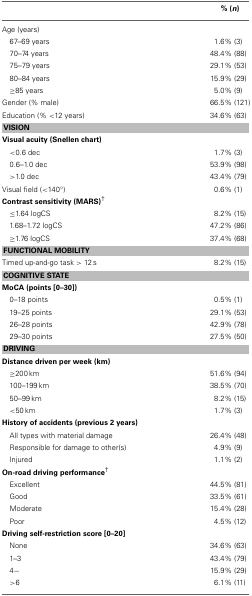
<table><thead><tr><td></td><td><b>% (<i>n</i>)</b></td></tr></thead><tbody><tr><td>Age (years)</td><td></td></tr><tr><td>67–69 years</td><td>1.6% (3)</td></tr><tr><td>70–74 years</td><td>48.4% (88)</td></tr><tr><td>75–79 years</td><td>29.1% (53)</td></tr><tr><td>80–84 years</td><td>15.9% (29)</td></tr><tr><td>≥85 years</td><td>5.0% (9)</td></tr><tr><td>Gender (% male)</td><td>66.5% (121)</td></tr><tr><td>Education (% &lt;12 years)</td><td>34.6% (63)</td></tr><tr><td colspan="2"><b>VISION</b></td></tr><tr><td><b>Visual acuity (Snellen chart)</b></td><td></td></tr><tr><td>&lt;0.6 dec</td><td>1.7% (3)</td></tr><tr><td>0.6–1.0 dec</td><td>53.9% (98)</td></tr><tr><td>&gt;1.0 dec</td><td>43.4% (79)</td></tr><tr><td>Visual field (&lt;140°)</td><td>0.6% (1)</td></tr><tr><td><b>Contrast sensitivity (MARS)<sup>†</sup></b></td><td></td></tr><tr><td>≤1.64 logCS</td><td>8.2% (15)</td></tr><tr><td>1.68–1.72 logCS</td><td>47.2% (86)</td></tr><tr><td>≥1.76 logCS</td><td>37.4% (68)</td></tr><tr><td colspan="2"><b>FUNCTIONAL MOBILITY</b></td></tr><tr><td>Timed up-and-go task &gt; 12 s</td><td>8.2% (15)</td></tr><tr><td colspan="2"><b>COGNITIVE STATE</b></td></tr><tr><td><b>MoCA (points [0–30])</b></td><td></td></tr><tr><td>0–18 points</td><td>0.5% (1)</td></tr><tr><td>19–25 points</td><td>29.1% (53)</td></tr><tr><td>26–28 points</td><td>42.9% (78)</td></tr><tr><td>29–30 points</td><td>27.5% (50)</td></tr><tr><td colspan="2"><b>DRIVING</b></td></tr><tr><td><b>Distance driven per week (km)</b></td><td></td></tr><tr><td>≥200 km</td><td>51.6% (94)</td></tr><tr><td>100–199 km</td><td>38.5% (70)</td></tr><tr><td>50–99 km</td><td>8.2% (15)</td></tr><tr><td>&lt;50 km</td><td>1.7% (3)</td></tr><tr><td><b>History of accidents (previous 2 years)</b></td><td></td></tr><tr><td>All types with material damage</td><td>26.4% (48)</td></tr><tr><td>Responsible for damage to other(s)</td><td>4.9% (9)</td></tr><tr><td>Injured</td><td>1.1% (2)</td></tr><tr><td><b>On-road driving performance<sup>†</sup></b></td><td></td></tr><tr><td>Excellent</td><td>44.5% (81)</td></tr><tr><td>Good</td><td>33.5% (61)</td></tr><tr><td>Moderate</td><td>15.4% (28)</td></tr><tr><td>Poor</td><td>4.5% (12)</td></tr><tr><td><b>Driving self-restriction score [0–20]</b></td><td></td></tr><tr><td>None</td><td>34.6% (63)</td></tr><tr><td>1–3</td><td>43.4% (79)</td></tr><tr><td>4−</td><td>15.9% (29)</td></tr><tr><td>&gt;6</td><td>6.1% (11)</td></tr></tbody></table>